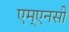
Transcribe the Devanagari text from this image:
एम्एनसी